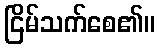
ငြိမ်သက်စေ၏။